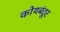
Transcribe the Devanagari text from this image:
कोयबंटूर